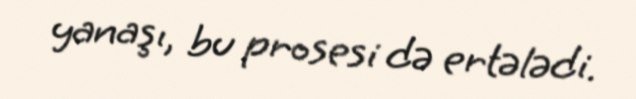
yanaşı, bu prosesi də ertələdi.